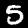
Label: 5